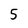
Character: 5